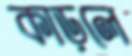
কাড়লে